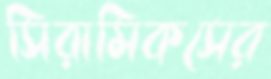
সিরামিকসের